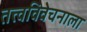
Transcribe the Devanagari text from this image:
तत्त्वविवेचनाला